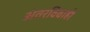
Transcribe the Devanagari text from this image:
अंतरविवाही